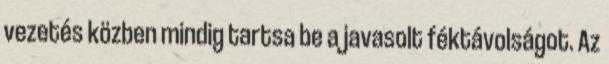
vezetés közben mindig tartsa be a javasolt féktávolságot. Az